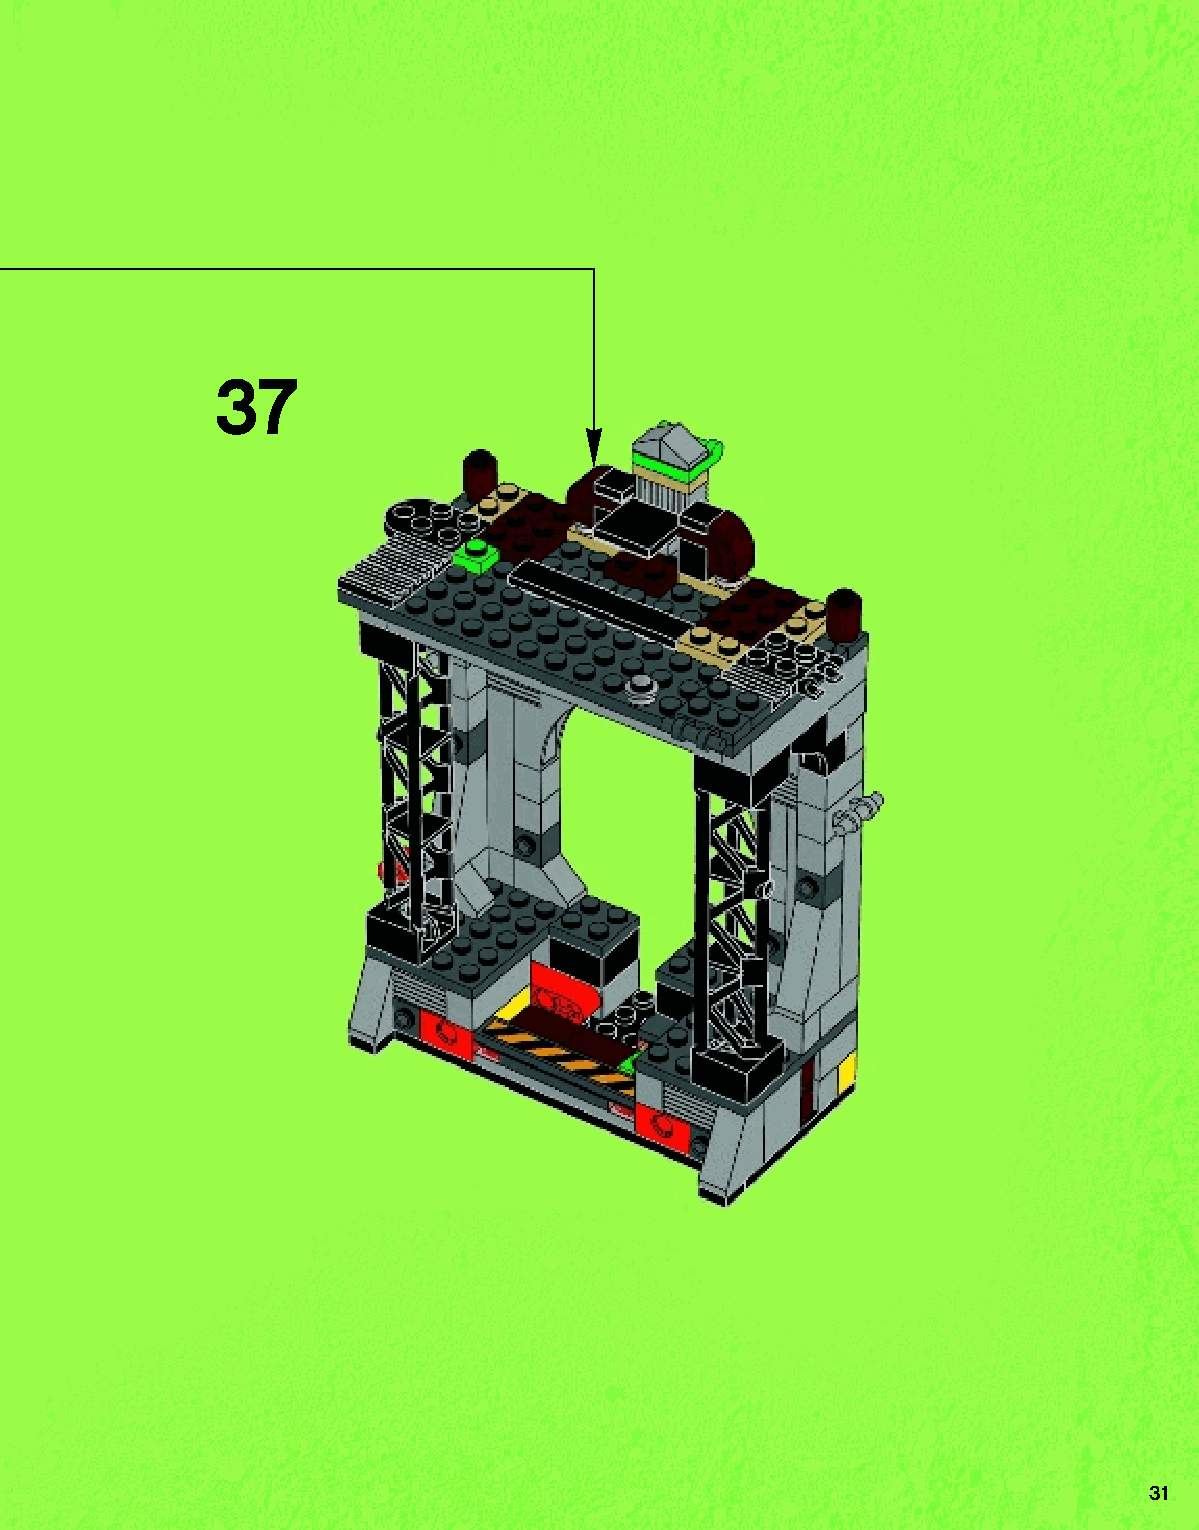
37
 31
 79117_Book1.indd 31                                               01/11/2013 4:33 PM